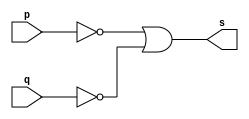
//...............
//Exemplo0009 - NAND Morgan
//Nome: Mateus Lima Batista
//...............

//...............
//..gate
//...............
module nandmorgangate(output s, input p, input q);
assign s = ((~p)|(~q));
endmodule

//...............
//.. test
//...............
module testnandmorgangate;
//...............dados locais
reg a,b;//definir registrador
      //(variavel indepedente)
wire s;//definir conexao(fio)
       //(variavel depemdente)
//................instancia
nandmorgangate nandmorgan1(s,a,b);
//................preparacao
initial begin:start
//atribuicao simultanea
a=0; b=0;//valores iniciais
end
//..............parte principal
initial begin:main
$display("Exemplo0009 - Mateus Lima Batista - 451410");
$display("Test NAND Morgan gate");
$display("\n(~a)|(~b) = s\n");
a = 0;b = 0;
$monitor("(~%b) | (~%b) = %b", a, b, s);
#1 a = 0; b = 1;
#1 a =1; b = 0;
#1 a = 1; b = 1;
end
endmodule